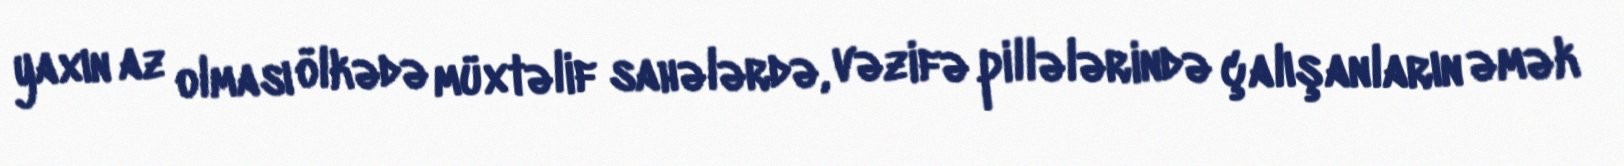
yaxın az olması ölkədə müxtəlif sahələrdə, vəzifə pillələrində çalışanların əmək